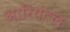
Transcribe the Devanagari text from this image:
आरियंटल